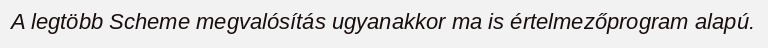
A legtöbb Scheme megvalósítás ugyanakkor ma is értelmezőprogram alapú.